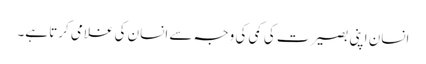
انسان اپنی بصیرت کی کمی کی وجہ سے انسان کی غلامی کرتا ہے۔